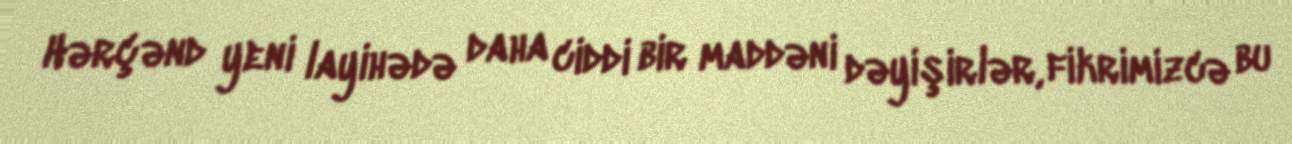
Hərçənd yeni layihədə daha ciddi bir maddəni dəyişirlər, fikrimizcə bu